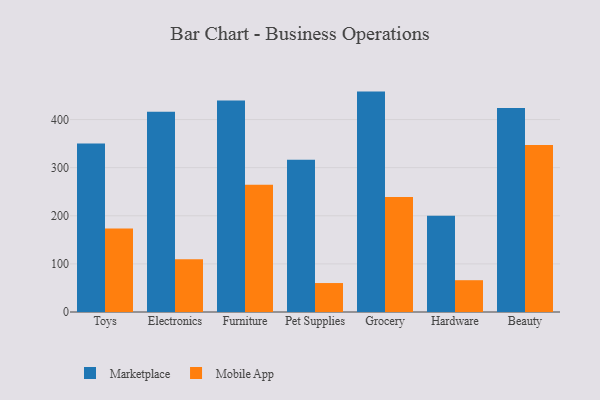
{"axis": {"x": "Category", "y": "Latency (ms)"}, "legend": ["Marketplace", "Mobile App"], "data": [{"x": "Toys", "y": 350.0, "type": "Marketplace"}, {"x": "Toys", "y": 173.8, "type": "Mobile App"}, {"x": "Electronics", "y": 416.4, "type": "Marketplace"}, {"x": "Electronics", "y": 109.8, "type": "Mobile App"}, {"x": "Furniture", "y": 439.6, "type": "Marketplace"}, {"x": "Furniture", "y": 264.5, "type": "Mobile App"}, {"x": "Pet Supplies", "y": 316.4, "type": "Marketplace"}, {"x": "Pet Supplies", "y": 60.2, "type": "Mobile App"}, {"x": "Grocery", "y": 458.1, "type": "Marketplace"}, {"x": "Grocery", "y": 239.1, "type": "Mobile App"}, {"x": "Hardware", "y": 200.2, "type": "Marketplace"}, {"x": "Hardware", "y": 66.1, "type": "Mobile App"}, {"x": "Beauty", "y": 424.1, "type": "Marketplace"}, {"x": "Beauty", "y": 347.2, "type": "Mobile App"}]}